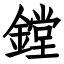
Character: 鏜